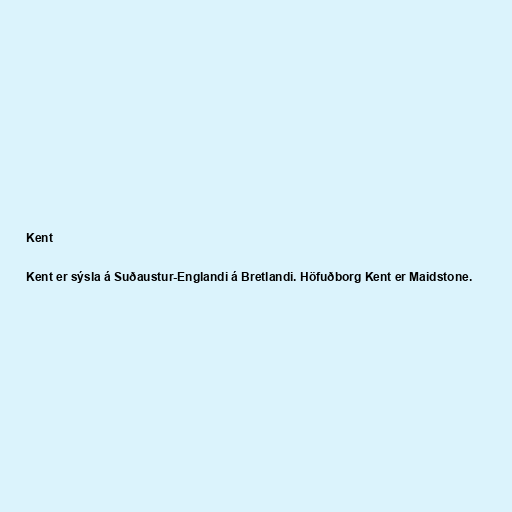
Kent

Kent er sýsla á Suðaustur-Englandi á Bretlandi. Höfuðborg Kent er Maidstone.